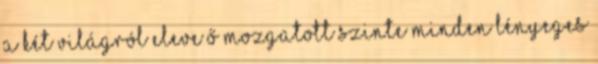
a két világról eleve ő mozgatott szinte minden lényeges